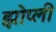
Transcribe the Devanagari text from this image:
झोप्ली